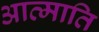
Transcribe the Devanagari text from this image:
आत्माति